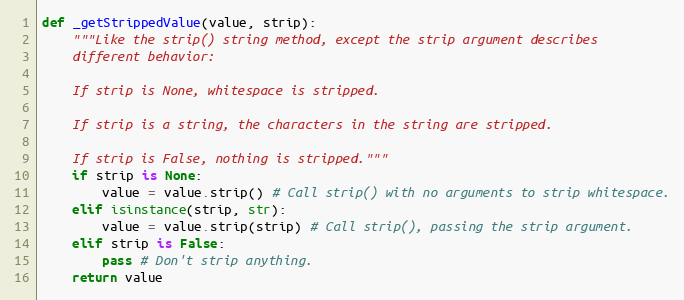
Language: Python
def _getStrippedValue(value, strip):
    """Like the strip() string method, except the strip argument describes
    different behavior:

    If strip is None, whitespace is stripped.

    If strip is a string, the characters in the string are stripped.

    If strip is False, nothing is stripped."""
    if strip is None:
        value = value.strip() # Call strip() with no arguments to strip whitespace.
    elif isinstance(strip, str):
        value = value.strip(strip) # Call strip(), passing the strip argument.
    elif strip is False:
        pass # Don't strip anything.
    return value